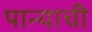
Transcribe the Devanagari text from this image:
पान्याची